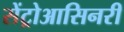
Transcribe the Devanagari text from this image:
सेंट्रोआसिनरी